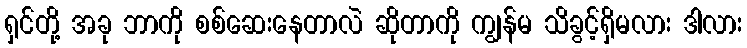
ရှင်တို့ အခု ဘာကို စစ်ဆေးနေတာလဲ ဆိုတာကို ကျွန်မ သိခွင့်ရှိမလား ဒါလား